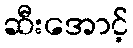
ဆီးအောင့်